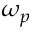
\omega _ { p }